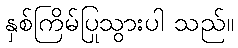
နှစ်ကြိမ်ပြုသွားပါ သည်။